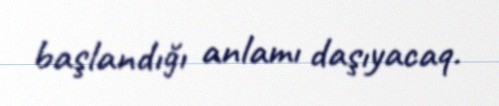
başlandığı anlamı daşıyacaq.